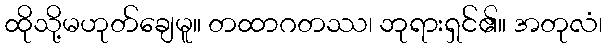
ထိုသို့မဟုတ်ချေမူ။ တထာဂတဿ၊ ဘုရားရှင်၏။ အတုလံ၊